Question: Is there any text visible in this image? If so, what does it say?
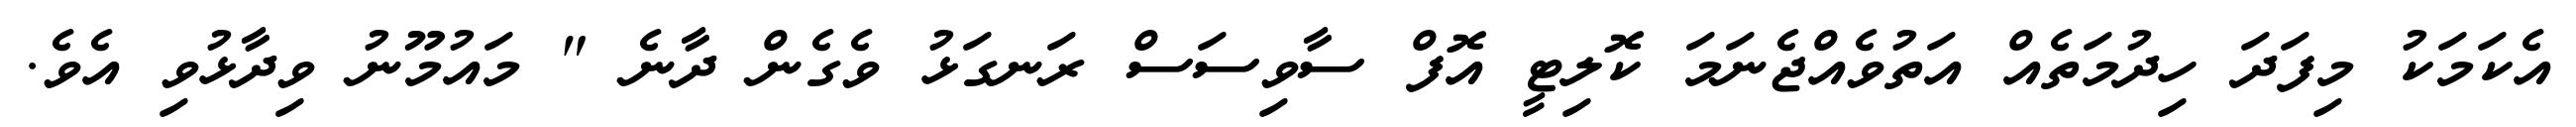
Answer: އެކަމަކު މިފަދަ ހިދުމަތެއް އަތުވެއްޖެނަމަ ކޮލިޓީ އޮފް ސާވިސަސް ރަނގަޅު ވެގެން ދާނެ " މައުމޫނު ވިދާޅުވި އެވެ.